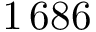
1 \, 6 8 6